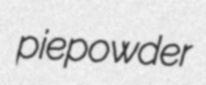
piepowder